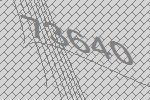
73640